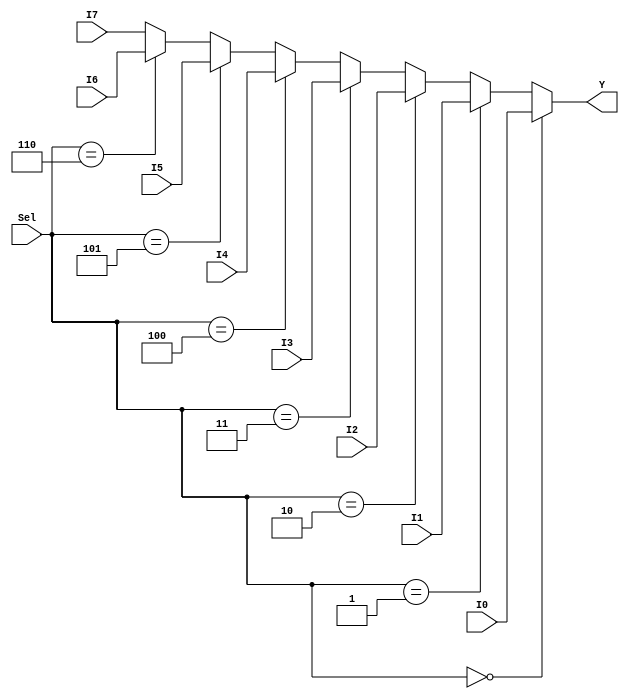
module mux4_4bus(
    input [3:0] I0,
    input [3:0] I1,
	input [3:0] I2,
    input [3:0] I3,
    
    input [3:0] I4,
    input [3:0] I5,
    input [3:0] I6,
    input [3:0] I7,
    
    input  [2:0] Sel,
    output [3:0] Y
); 


assign Y = ( Sel == 0 )? I0 : ( Sel == 1 )? I1 : ( Sel == 2 )? I2 : ( Sel == 3 )? I3 : ( Sel == 4 )? I4 :( Sel == 5 )? I5 :( Sel == 6 )? I6 : I7;

endmodule